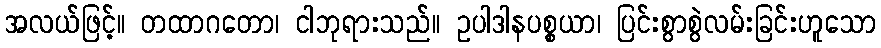
အလယ်ဖြင့်။ တထာဂတော၊ ငါဘုရားသည်။ ဥပါဒါနပစ္စယာ၊ ပြင်းစွာစွဲလမ်းခြင်းဟူသော